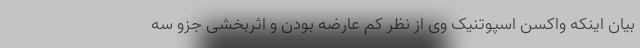
بیان اینکه واکسن اسپوتنیک وی از نظر کم عارضه بودن و اثربخشی جزو سه